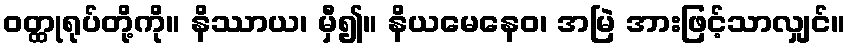
ဝတ္ထုရုပ်တို့ကို။ နိဿာယ၊ မှီ၍။ နိယမေနေဝ၊ အမြဲ အားဖြင့်သာလျှင်။